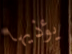
يؤذيها